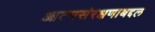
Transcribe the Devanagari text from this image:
आत्मसंरक्षणाबद्दल